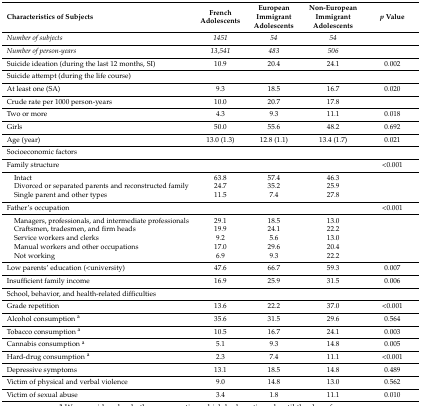
<table><thead><tr><td><b>Characteristics of Subjects </b></td><td><b>French Adolescents</b></td><td><b>European Immigrant Adolescents</b></td><td><b>Non-European Immigrant Adolescents</b></td><td><b><i>p</i> Value</b></td></tr></thead><tbody><tr><td><i>Number of subjects</i></td><td><i>1451</i></td><td><i>54</i></td><td><i>54</i></td><td></td></tr><tr><td><i>Number of person-years</i></td><td><i>13,541</i></td><td><i>483</i></td><td><i>506</i></td><td></td></tr><tr><td>Suicide ideation (during the last 12 months, SI)</td><td>10.9</td><td>20.4</td><td>24.1</td><td>0.002</td></tr><tr><td>Suicide attempt (during the life course)</td><td></td><td></td><td></td><td></td></tr><tr><td>At least one (SA)</td><td>9.3</td><td>18.5</td><td>16.7</td><td>0.020</td></tr><tr><td>Crude rate per 1000 person-years</td><td>10.0</td><td>20.7</td><td>17.8</td><td></td></tr><tr><td>Two or more</td><td>4.3</td><td>9.3</td><td>11.1</td><td>0.018</td></tr><tr><td>Girls</td><td>50.0</td><td>55.6</td><td>48.2</td><td>0.692</td></tr><tr><td>Age (year)</td><td>13.0 (1.3)</td><td>12.8 (1.1)</td><td>13.4 (1.7)</td><td>0.021</td></tr><tr><td>Socioeconomic factors</td><td></td><td></td><td></td><td></td></tr><tr><td>Family structure</td><td></td><td></td><td></td><td>&lt;0.001</td></tr><tr><td> Intact</td><td>63.8</td><td>57.4</td><td>46.3</td><td></td></tr><tr><td> Divorced or separated parents and reconstructed family</td><td>24.7</td><td>35.2</td><td>25.9</td><td></td></tr><tr><td> Single parent and other types</td><td>11.5</td><td>7.4</td><td>27.8</td><td></td></tr><tr><td>Father’s occupation</td><td></td><td></td><td></td><td>&lt;0.001</td></tr><tr><td> Managers, professionals, and intermediate professionals</td><td>29.1</td><td>18.5</td><td>13.0</td><td></td></tr><tr><td> Craftsmen, tradesmen, and firm heads</td><td>19.9</td><td>24.1</td><td>22.2</td><td></td></tr><tr><td> Service workers and clerks</td><td>9.2</td><td>5.6</td><td>13.0</td><td></td></tr><tr><td> Manual workers and other occupations</td><td>17.0</td><td>29.6</td><td>20.4</td><td></td></tr><tr><td> Not working</td><td>6.9</td><td>9.3</td><td>22.2</td><td></td></tr><tr><td>Low parents’ education (&lt;university)</td><td>47.6</td><td>66.7</td><td>59.3</td><td>0.007</td></tr><tr><td>Insufficient family income</td><td>16.9</td><td>25.9</td><td>31.5</td><td>0.006</td></tr><tr><td>School, behavior, and health-related difficulties</td><td></td><td></td><td></td><td></td></tr><tr><td>Grade repetition</td><td>13.6</td><td>22.2</td><td>37.0</td><td>&lt;0.001</td></tr><tr><td>Alcohol consumption <sup>a</sup></td><td>35.6</td><td>31.5</td><td>29.6</td><td>0.564</td></tr><tr><td>Tobacco consumption <sup>a</sup></td><td>10.5</td><td>16.7</td><td>24.1</td><td>0.003</td></tr><tr><td>Cannabis consumption <sup>a</sup></td><td>5.1</td><td>9.3</td><td>14.8</td><td>0.005</td></tr><tr><td>Hard-drug consumption <sup>a</sup></td><td>2.3</td><td>7.4</td><td>11.1</td><td>&lt;0.001</td></tr><tr><td>Depressive symptoms</td><td>13.1</td><td>18.5</td><td>14.8</td><td>0.489</td></tr><tr><td>Victim of physical and verbal violence</td><td>9.0</td><td>14.8</td><td>13.0</td><td>0.562</td></tr><tr><td>Victim of sexual abuse</td><td>3.4</td><td>1.8</td><td>11.1</td><td>0.010</td></tr></tbody></table>